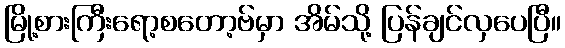
မြို့စားကြီးရော့စတော့ဗ်မှာ အိမ်သို့ ပြန်ချင်လှပေပြီ။